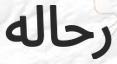
رحاله